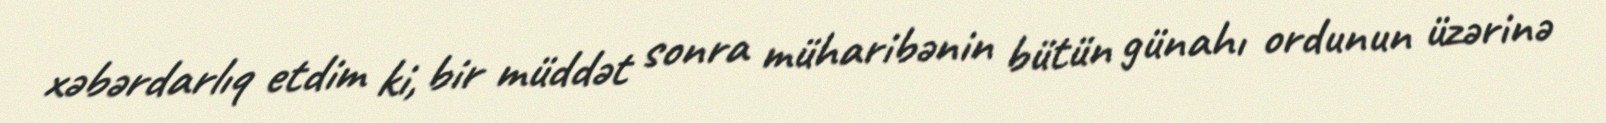
xəbərdarlıq etdim ki, bir müddət sonra müharibənin bütün günahı ordunun üzərinə